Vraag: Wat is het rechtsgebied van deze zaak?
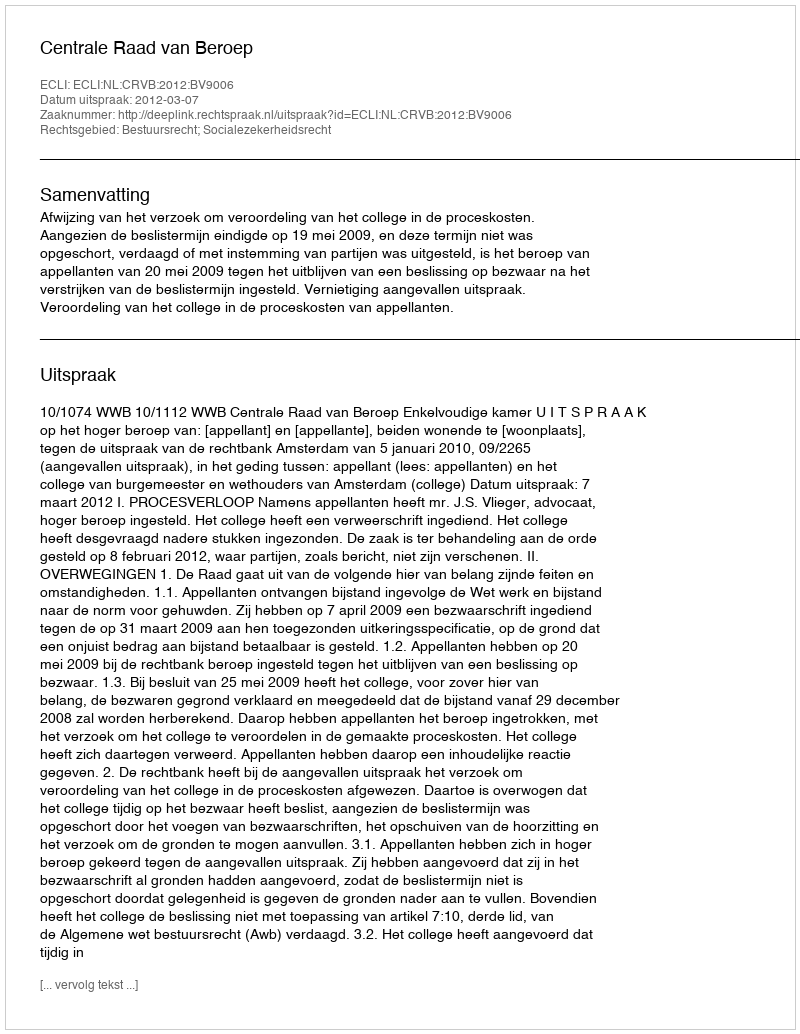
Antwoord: Bestuursrecht; Socialezekerheidsrecht